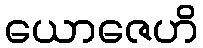
ယောဇေဟိ